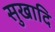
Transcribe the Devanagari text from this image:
सुखादि